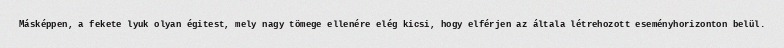
Másképpen, a fekete lyuk olyan égitest, mely nagy tömege ellenére elég kicsi, hogy elférjen az általa létrehozott eseményhorizonton belül.